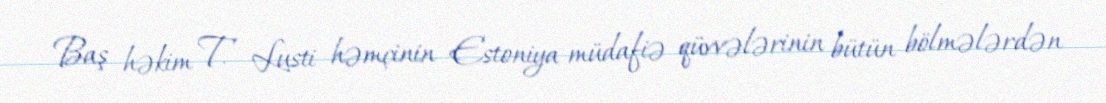
Baş həkim T. Lusti həmçinin Estoniya müdafiə qüvvələrinin bütün bölmələrdən